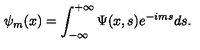
\psi _ { m } ( x ) = \int _ { - \infty } ^ { + \infty } \Psi ( x , s ) e ^ { - i m s } d s .